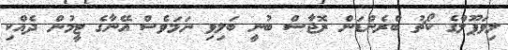
ލިވަޕޫލްގެ ކޯޗު ބްރެންޑަން ރޮޖާސް ބުނީ ބަލިވި ނަމަވެސް އޭނާގެ ޓީމުން ދެއްކި